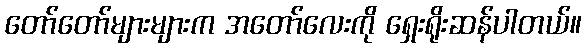
တော်တော်များများက အတော်လေးကို ရှေးရိုးဆန်ပါတယ်။